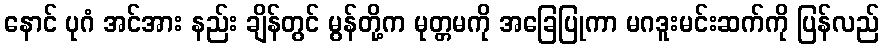
နောင် ပုဂံ အင်အား နည်း ချိန်တွင် မွန်တို့က မုတ္တမကို အခြေပြုကာ မဂဒူးမင်းဆက်ကို ပြန်လည်